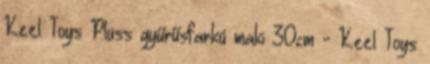
Keel Toys Plüss gyűrűsfarkú maki 30cm - Keel Toys